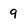
Character: 9